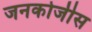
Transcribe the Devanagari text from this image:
जनकोजीस